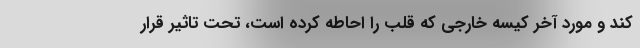
کند و مورد آخر کیسه خارجی که قلب را احاطه کرده است، تحت تاثیر قرار